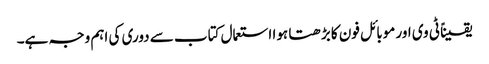
یقیناً ٹی وی اور موبائل فون کا بڑھتا ہوا استعمال کتاب سے دوری کی اہم وجہ ہے۔